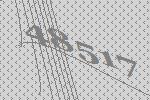
48517